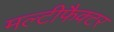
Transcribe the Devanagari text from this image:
मल्टीफैक्टर